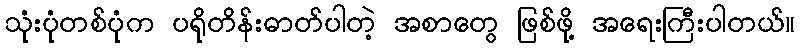
သုံးပုံတစ်ပုံက ပရိုတိန်းဓာတ်ပါတဲ့ အစာတွေ ဖြစ်ဖို့ အရေးကြီးပါတယ်။